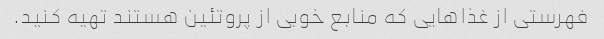
فهرستی از غذاهایی که منابع خوبی از پروتئین هستند تهیه کنید.